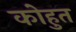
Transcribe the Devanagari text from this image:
कोहुत